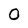
Character: 0